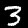
Label: 3